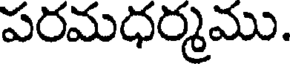
పరమధర్మము.